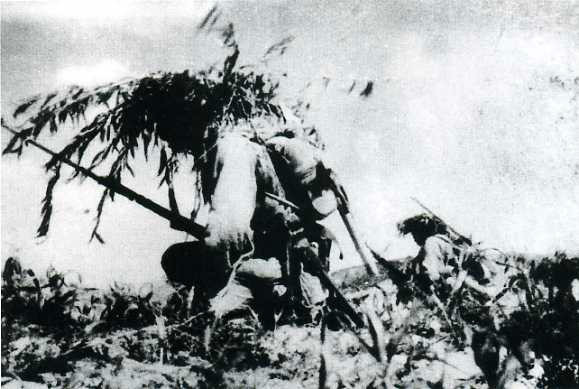
野战格斗死，败马号鸣向天悲。